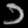
Digit: ၁